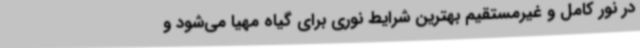
در نور کامل و غیرمستقیم بهترین شرایط نوری برای گیاه مهیا می‌شود و